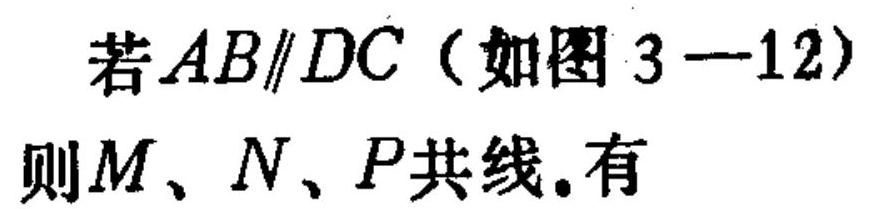
若\(AB\parallel DC\)（如图 \(3 - 12\)）
则\(M、N、P\)共线。有